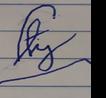
Signature authenticity: forged